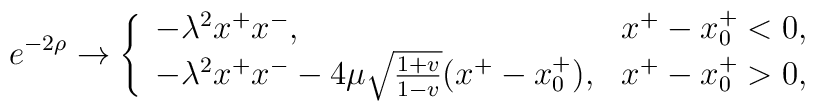
e^{-2\rho} \rightarrow \left\{\begin{array}{ll} -\lambda^2 x^+x^-, & x^+-x_0^+<0, \\			     -\lambda^2 x^+x^- - 4\mu \sqrt{\frac{1+v}{1-v}}			     (x^+ -x_0^+), & x^+-x_0^+>0,\end{array} \right.